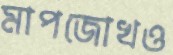
মাপজোখও